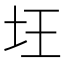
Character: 𡉠